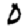
Digit: 0